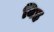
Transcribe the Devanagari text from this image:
बिह